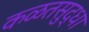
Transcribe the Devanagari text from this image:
कळतसुद्धा